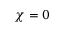
\chi = 0